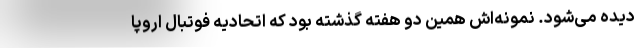
دیده می‌شود. نمونه‌اش همین دو هفته گذشته بود که اتحادیه فوتبال اروپا